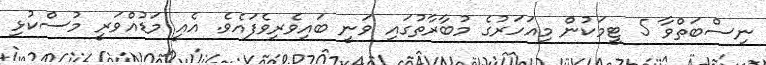
ނިސްބަތްވާ 5 ޓީމަކުން މިއަހަރުގެ މުބާރާތުގައި ވަނީ ބައިވެރިވެފައެވެ. އެއީ މަޑުއްވަރީ މުސްކުޅި